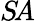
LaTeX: S\! A